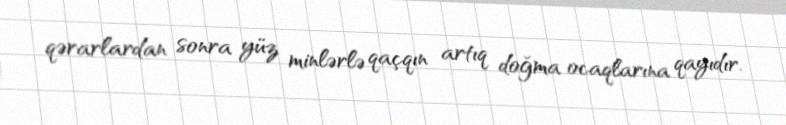
qərarlardan sonra yüz minlərlə qaçqın artıq doğma ocaqlarına qayıdır.